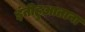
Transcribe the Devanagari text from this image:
इंतीहुआताना